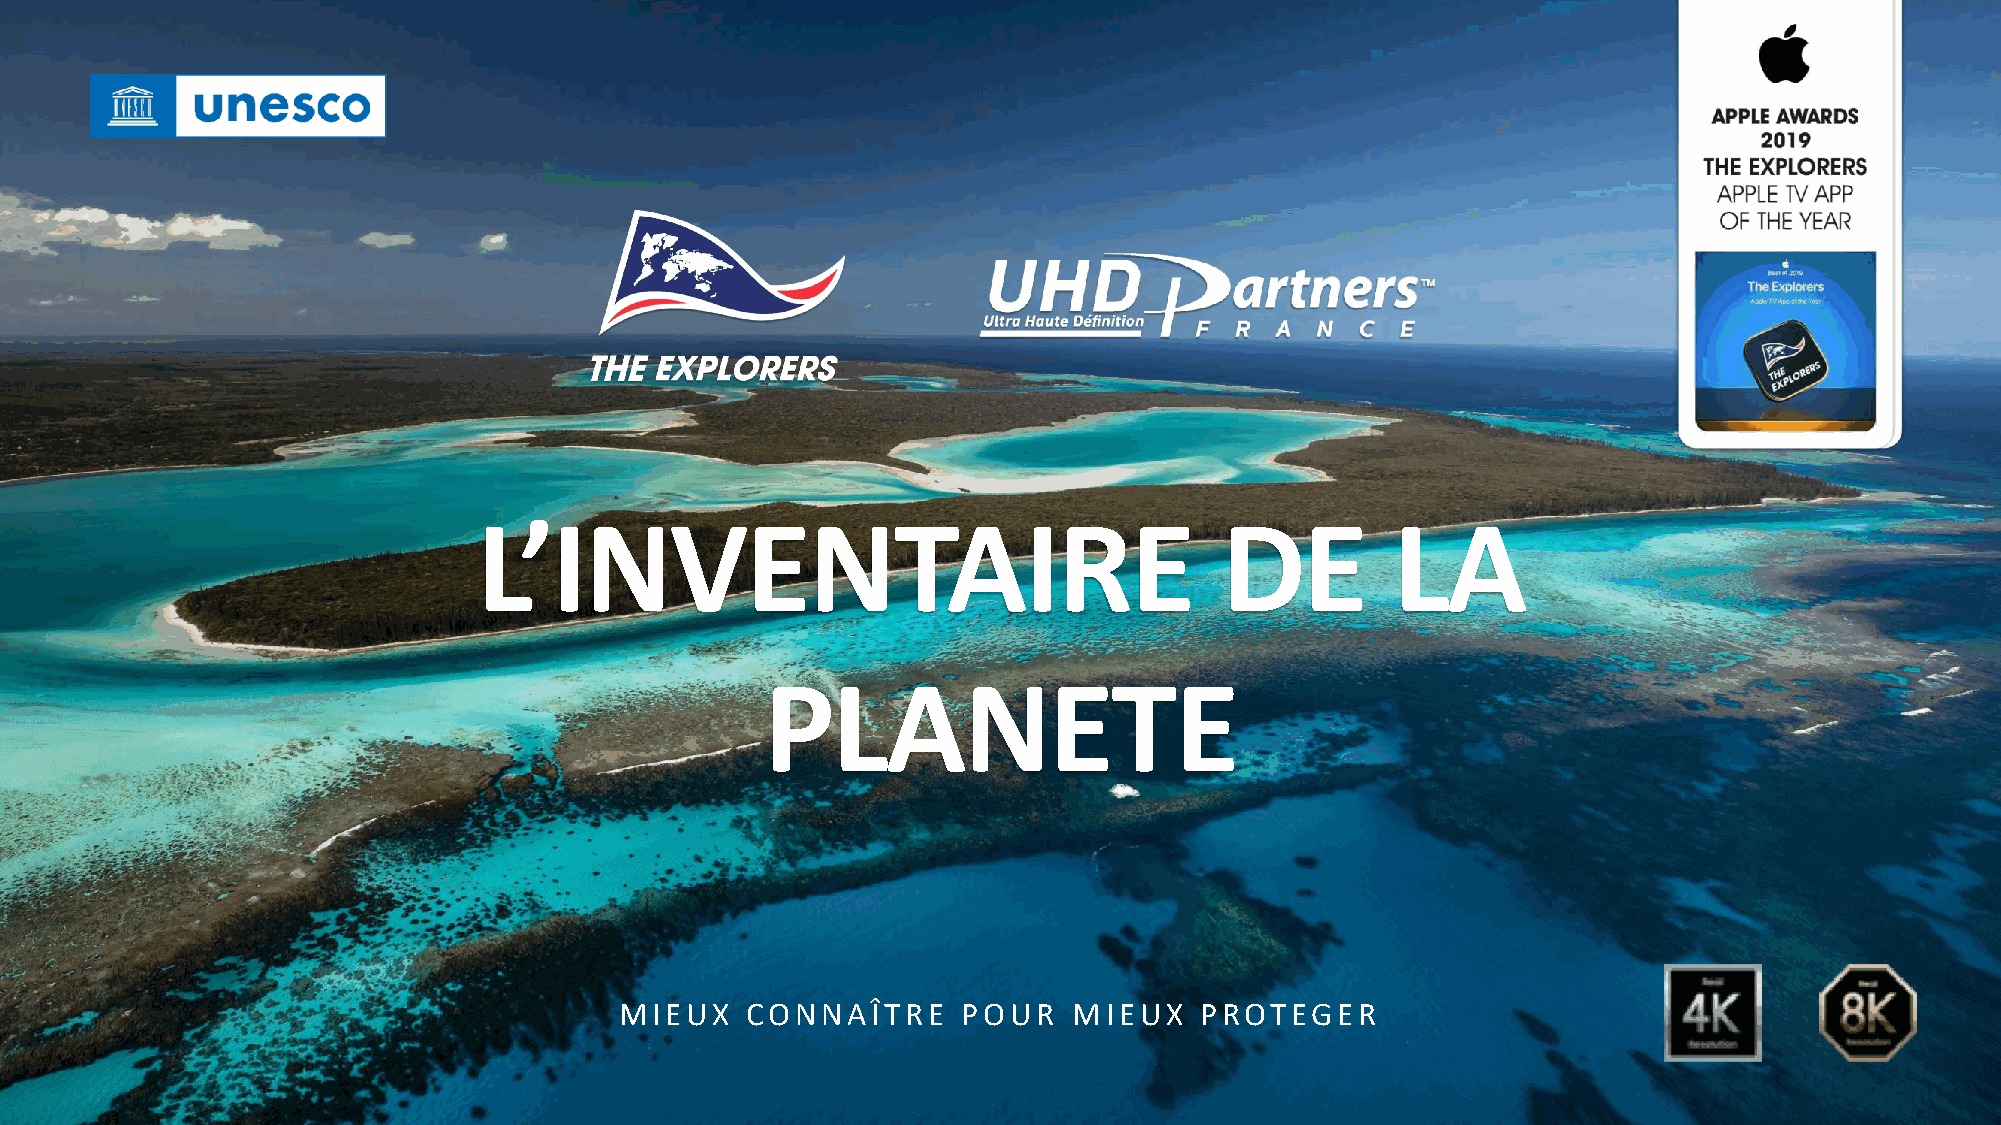
L’INVENTAIRE                                     DE         LA
 PLANETE
 MIEUX   CONNAÎTRE      POUR   MIEUX   PROTEGER